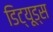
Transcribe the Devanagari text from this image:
डिट्यूड्स